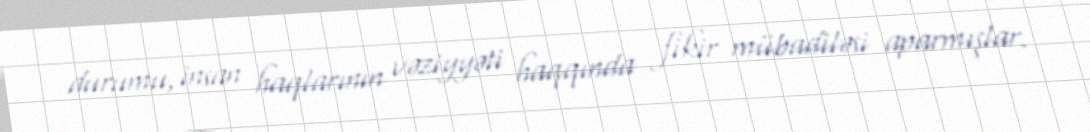
durumu, insan haqlarının vəziyyəti haqqında fikir mübadiləsi aparmışlar.